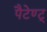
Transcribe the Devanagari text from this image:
पैटेण्ट्‍